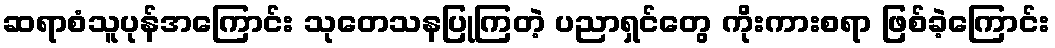
ဆရာစံသူပုန်အကြောင်း သုတေသနပြုကြတဲ့ ပညာရှင်တွေ ကိုးကားစရာ ဖြစ်ခဲ့ကြောင်း